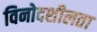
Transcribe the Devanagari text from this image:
विनोदशीलता